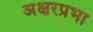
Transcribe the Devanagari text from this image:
अक्षरप्रभा